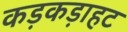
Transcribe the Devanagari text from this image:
कड़कड़ाहट